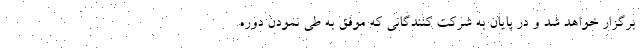
برگزار خواهد شد و در پایان به شرکت کنندگانی که موفق به طی نمودن دوره